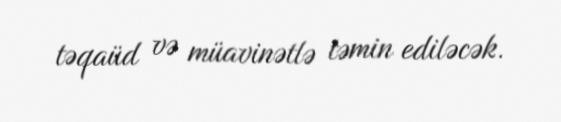
təqaüd və müavinətlə təmin ediləcək.